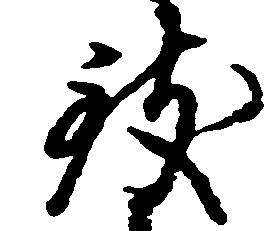
致